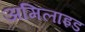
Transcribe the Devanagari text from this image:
अमिलाइड